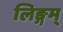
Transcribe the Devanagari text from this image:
लिङ्गम्‌